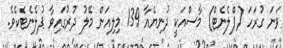
ވަނަ ގުރަހަ (ޕްލެނެޓް) މާސްއަކީ ދުނިޔެއާ 139 މިލިއަން މޭލު ދުރުގައިވާ ޕުލެނެޓެކެވެ.